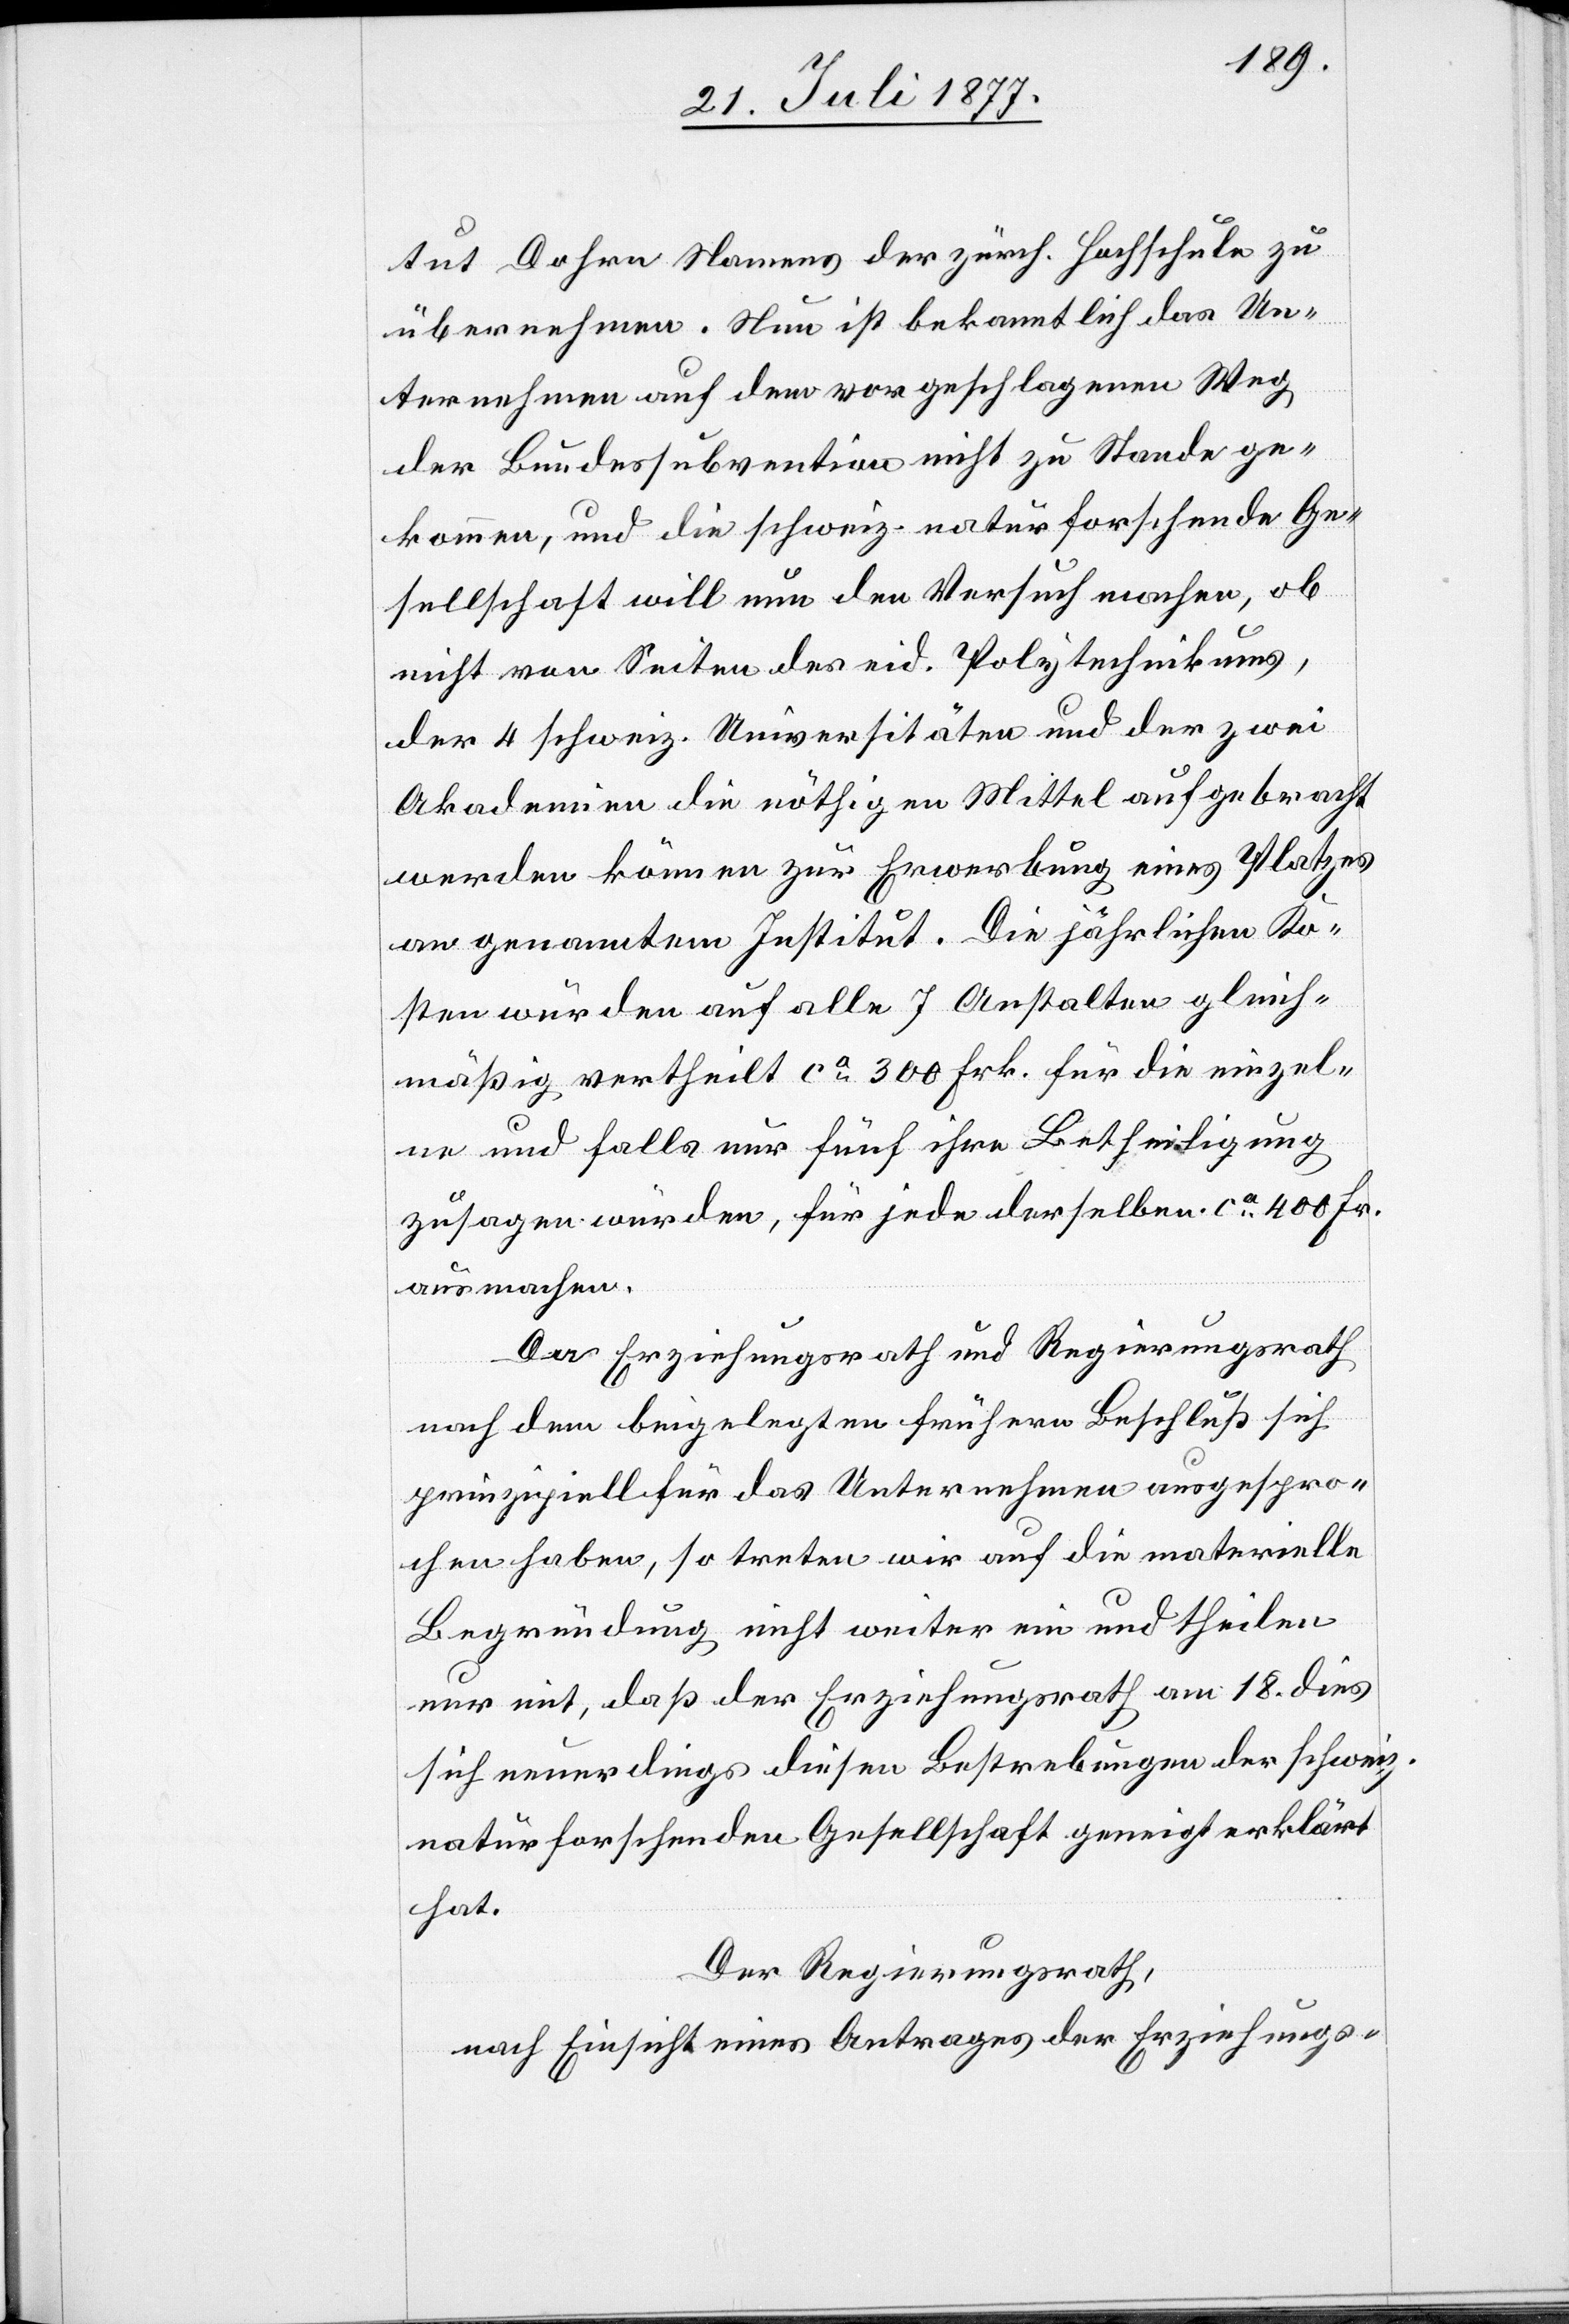
tut Dohrn Namens der zürch. Hochschule zu
übernehmen. Nun ist bekanntlich das Un¬
ternehmen auf dem vorgeschlagenen Weg
der Bundessubvention nicht zu Stande ge¬
kommen, und die schweiz. naturforschende Ge¬
sellschaft will nun den Versuch machen, ob
nicht von Seiten des eid. Polytechnikums,
der 4 schweiz. Universitäten und der zwei
Akademien die nöthigen Mittel aufgebracht
werden können zur Erwerbung eines Platzes
an genanntem Institut. Die jährlichen Ko¬
sten würden auf alle 7 Anstalten gleich¬
mäßig vertheilt ca 300 Frk. für die einzel¬
ne und falls nur fünf ihre Betheiligung
zusagen würden, für jede derselben ca 400 Fr.
ausmachen.
Da Erziehungsrath und Regierungsrath
nach dem beigelegten frühern Beschluß sich
prinzipiell für das Unternehmen ausgespro¬
chen haben, so treten wir auf die materielle
Begründung nicht weiter ein und theilen
nur mit, daß der Erziehungsrath am 18. dies
sich neuerdings diesen Bestrebungen der schweiz.
naturforschenden Gesellschaft geneigt erklärt
hat.
Der Regierungsrath,
nach Einsicht eines Antrages der Erziehungs-